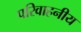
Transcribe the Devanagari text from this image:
परिवाहनीय